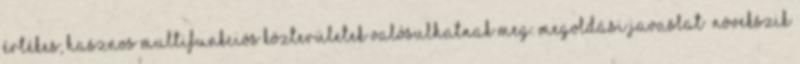
értékes, hasznos multifunkciós közterületek valósulhatnak meg. Megoldási javaslat ▪Növekszik